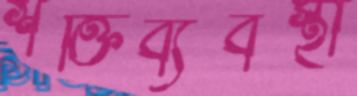
শক্তিব্যবস্থা